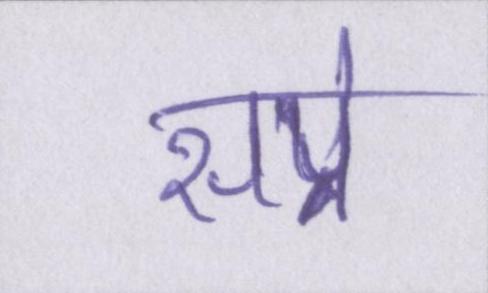
सप्रे